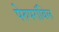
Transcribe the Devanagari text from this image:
पेरुपरांबिल